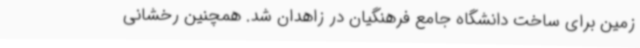
زمین برای ساخت دانشگاه جامع فرهنگیان در زاهدان شد. همچنین رخشانی